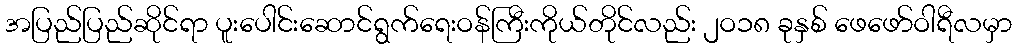
အပြည်ပြည်ဆိုင်ရာ ပူးပေါင်းဆောင်ရွက်ရေးဝန်ကြီးကိုယ်တိုင်လည်း ၂ဝ၁၈ ခုနှစ် ဖေဖော်ဝါရီလမှာ